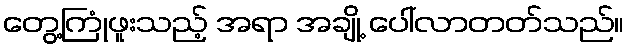
တွေ့ကြုံဖူးသည့် အရာ အချို့ ပေါ်လာတတ်သည်။